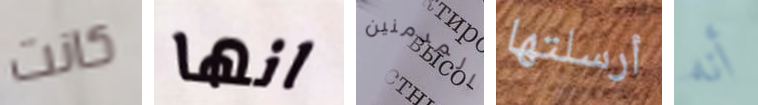
كانت انها المدمنين أرسلتها أنه